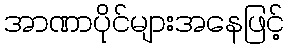
အာဏာပိုင်များအနေဖြင့်